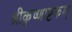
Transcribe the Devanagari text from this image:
श्रीकृष्णाष्टकम्‌